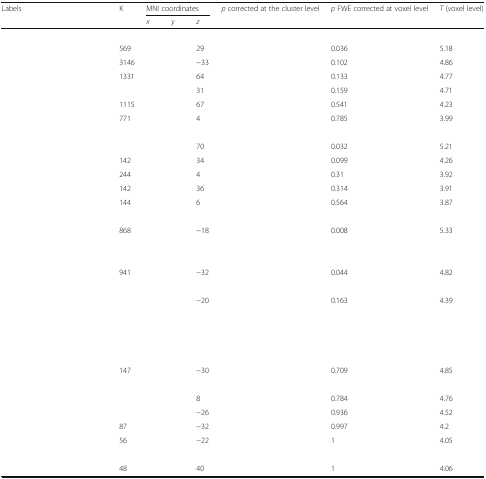
<table><thead><tr><td rowspan="2"><b>Labels</b></td><td><b>K</b></td><td colspan="3"><b>MNI coordinates</b></td><td><b><i>p</i> corrected at the cluster level</b></td><td><b><i>p</i> FWE corrected at voxel level</b></td><td><b><i>T</i> (voxel level)</b></td></tr><tr><td>[EMPTY_CELL]</td><td><b><i>x</i></b></td><td><b><i>y</i></b></td><td><b><i>z</i></b></td><td>[EMPTY_CELL]</td><td>[EMPTY_CELL]</td><td>[EMPTY_CELL]</td></tr></thead><tbody><tr><td colspan="8">[EMPTY_CELL]</td></tr><tr><td>[EMPTY_CELL]</td><td>569</td><td>[EMPTY_CELL]</td><td>[EMPTY_CELL]</td><td>29</td><td>[EMPTY_CELL]</td><td>0.036</td><td>5.18</td></tr><tr><td>[EMPTY_CELL]</td><td>3146</td><td>[EMPTY_CELL]</td><td>[EMPTY_CELL]</td><td>−33</td><td>[EMPTY_CELL]</td><td>0.102</td><td>4.86</td></tr><tr><td>[EMPTY_CELL]</td><td>1331</td><td>[EMPTY_CELL]</td><td>[EMPTY_CELL]</td><td>64</td><td>[EMPTY_CELL]</td><td>0.133</td><td>4.77</td></tr><tr><td>[EMPTY_CELL]</td><td>[EMPTY_CELL]</td><td>[EMPTY_CELL]</td><td>[EMPTY_CELL]</td><td>31</td><td>[EMPTY_CELL]</td><td>0.159</td><td>4.71</td></tr><tr><td>[EMPTY_CELL]</td><td>1115</td><td>[EMPTY_CELL]</td><td>[EMPTY_CELL]</td><td>67</td><td>[EMPTY_CELL]</td><td>0.541</td><td>4.23</td></tr><tr><td>[EMPTY_CELL]</td><td>771</td><td>[EMPTY_CELL]</td><td>[EMPTY_CELL]</td><td>4</td><td>[EMPTY_CELL]</td><td>0.785</td><td>3.99</td></tr><tr><td colspan="8">[EMPTY_CELL]</td></tr><tr><td>[EMPTY_CELL]</td><td>[EMPTY_CELL]</td><td>[EMPTY_CELL]</td><td>[EMPTY_CELL]</td><td>70</td><td>[EMPTY_CELL]</td><td>0.032</td><td>5.21</td></tr><tr><td>[EMPTY_CELL]</td><td>142</td><td>[EMPTY_CELL]</td><td>[EMPTY_CELL]</td><td>34</td><td>[EMPTY_CELL]</td><td>0.099</td><td>4.26</td></tr><tr><td>[EMPTY_CELL]</td><td>244</td><td>[EMPTY_CELL]</td><td>[EMPTY_CELL]</td><td>4</td><td>[EMPTY_CELL]</td><td>0.31</td><td>3.92</td></tr><tr><td>[EMPTY_CELL]</td><td>142</td><td>[EMPTY_CELL]</td><td>[EMPTY_CELL]</td><td>36</td><td>[EMPTY_CELL]</td><td>0.314</td><td>3.91</td></tr><tr><td>[EMPTY_CELL]</td><td>144</td><td>[EMPTY_CELL]</td><td>[EMPTY_CELL]</td><td>6</td><td>[EMPTY_CELL]</td><td>0.564</td><td>3.87</td></tr><tr><td colspan="8">[EMPTY_CELL]</td></tr><tr><td>[EMPTY_CELL]</td><td>868</td><td>[EMPTY_CELL]</td><td>[EMPTY_CELL]</td><td>−18</td><td>[EMPTY_CELL]</td><td>0.008</td><td>5.33</td></tr><tr><td>[EMPTY_CELL]</td><td>[EMPTY_CELL]</td><td>[EMPTY_CELL]</td><td>[EMPTY_CELL]</td><td>[EMPTY_CELL]</td><td>[EMPTY_CELL]</td><td>[EMPTY_CELL]</td><td>[EMPTY_CELL]</td></tr><tr><td>[EMPTY_CELL]</td><td>[EMPTY_CELL]</td><td>[EMPTY_CELL]</td><td>[EMPTY_CELL]</td><td>[EMPTY_CELL]</td><td>[EMPTY_CELL]</td><td>[EMPTY_CELL]</td><td>[EMPTY_CELL]</td></tr><tr><td>[EMPTY_CELL]</td><td>941</td><td>[EMPTY_CELL]</td><td>[EMPTY_CELL]</td><td>−32</td><td>[EMPTY_CELL]</td><td>0.044</td><td>4.82</td></tr><tr><td>[EMPTY_CELL]</td><td>[EMPTY_CELL]</td><td>[EMPTY_CELL]</td><td>[EMPTY_CELL]</td><td>[EMPTY_CELL]</td><td>[EMPTY_CELL]</td><td>[EMPTY_CELL]</td><td>[EMPTY_CELL]</td></tr><tr><td>[EMPTY_CELL]</td><td>[EMPTY_CELL]</td><td>[EMPTY_CELL]</td><td>[EMPTY_CELL]</td><td>−20</td><td>[EMPTY_CELL]</td><td>0.163</td><td>4.39</td></tr><tr><td>[EMPTY_CELL]</td><td>[EMPTY_CELL]</td><td>[EMPTY_CELL]</td><td>[EMPTY_CELL]</td><td>[EMPTY_CELL]</td><td>[EMPTY_CELL]</td><td>[EMPTY_CELL]</td><td>[EMPTY_CELL]</td></tr><tr><td>[EMPTY_CELL]</td><td>[EMPTY_CELL]</td><td>[EMPTY_CELL]</td><td>[EMPTY_CELL]</td><td>[EMPTY_CELL]</td><td>[EMPTY_CELL]</td><td>[EMPTY_CELL]</td><td>[EMPTY_CELL]</td></tr><tr><td>[EMPTY_CELL]</td><td>[EMPTY_CELL]</td><td>[EMPTY_CELL]</td><td>[EMPTY_CELL]</td><td>[EMPTY_CELL]</td><td>[EMPTY_CELL]</td><td>[EMPTY_CELL]</td><td>[EMPTY_CELL]</td></tr><tr><td colspan="8">[EMPTY_CELL]</td></tr><tr><td>[EMPTY_CELL]</td><td>147</td><td>[EMPTY_CELL]</td><td>[EMPTY_CELL]</td><td>−30</td><td>[EMPTY_CELL]</td><td>0.709</td><td>4.85</td></tr><tr><td>[EMPTY_CELL]</td><td>[EMPTY_CELL]</td><td>[EMPTY_CELL]</td><td>[EMPTY_CELL]</td><td>[EMPTY_CELL]</td><td>[EMPTY_CELL]</td><td>[EMPTY_CELL]</td><td>[EMPTY_CELL]</td></tr><tr><td>[EMPTY_CELL]</td><td>[EMPTY_CELL]</td><td>[EMPTY_CELL]</td><td>[EMPTY_CELL]</td><td>8</td><td>[EMPTY_CELL]</td><td>0.784</td><td>4.76</td></tr><tr><td>[EMPTY_CELL]</td><td>[EMPTY_CELL]</td><td>[EMPTY_CELL]</td><td>[EMPTY_CELL]</td><td>−26</td><td>[EMPTY_CELL]</td><td>0.936</td><td>4.52</td></tr><tr><td>[EMPTY_CELL]</td><td>87</td><td>[EMPTY_CELL]</td><td>[EMPTY_CELL]</td><td>−32</td><td>[EMPTY_CELL]</td><td>0.997</td><td>4.2</td></tr><tr><td>[EMPTY_CELL]</td><td>56</td><td>[EMPTY_CELL]</td><td>[EMPTY_CELL]</td><td>−22</td><td>[EMPTY_CELL]</td><td>1</td><td>4.05</td></tr><tr><td colspan="8">[EMPTY_CELL]</td></tr><tr><td>[EMPTY_CELL]</td><td>48</td><td>[EMPTY_CELL]</td><td>[EMPTY_CELL]</td><td>40</td><td>[EMPTY_CELL]</td><td>1</td><td>4.06</td></tr></tbody></table>